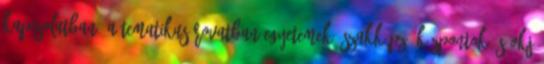
kapcsolatban. A tematikus rovatban egyetemek, szakképző központok és OKJ